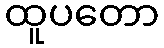
ထူပတော